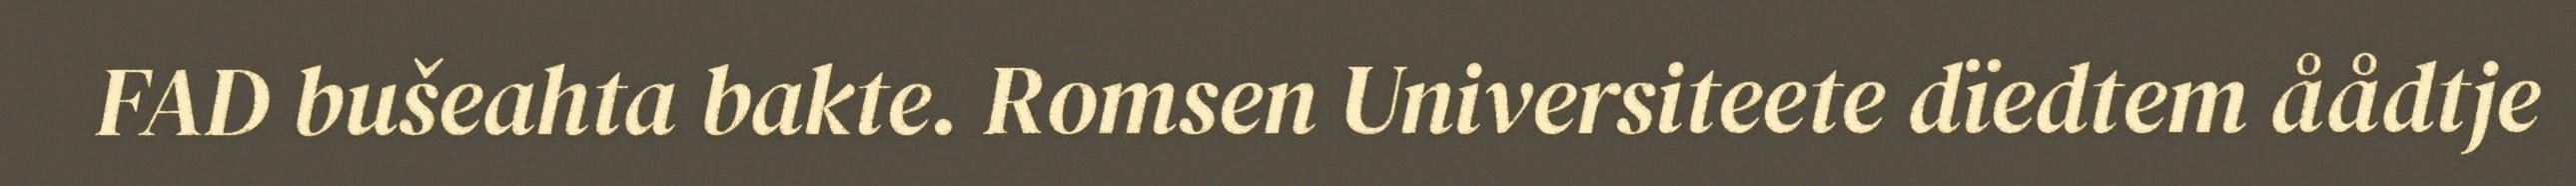
FAD bušeahta bakte. Romsen Universiteete dïedtem åådtje